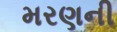
મરણની